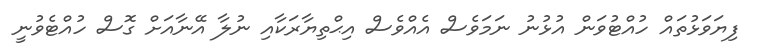
ފިޔަވަޅުތައް ހުއްޓުވަން އުޅުނު ނަމަވެސް އެއްވެސް އިޙްތިޔާރަކާއި ނުލާ އޭނާއަށް ގޮސް ހުއްޓެވުނީ